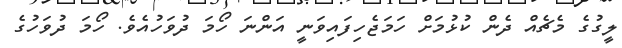
ލީގުގެ މެޗެއް ދެން ކުޅުމަށް ހަމަޖެހިފައިވަނީ އަންނަ ހޯމަ ދުވަހުއެވެ. ހޯމަ ދުވަހުގެ